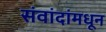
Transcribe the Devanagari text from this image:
संवांदांमधून